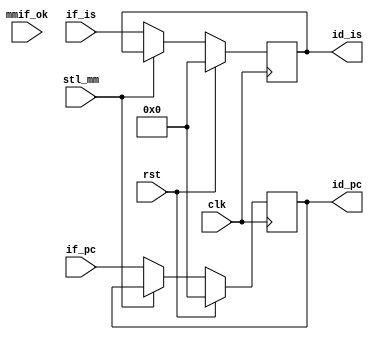
module if_id(
    input   wire[31:0]  if_pc,
    input   wire[31:0]  if_is,
    input   wire        rst,
    input   wire        clk,
    output  reg[31:0]  id_pc,
    output  reg[31:0]  id_is,

    input   wire        stl_mm,
    input   wire        mmif_ok
);

    always @ (posedge clk) begin
        if (rst == 1'b1) begin
            id_pc <= 32'h00000000;
            id_is <= 32'h00000000;
        end else if (stl_mm == 1'b0) begin
            id_pc <= if_pc;
            // if (mmif_ok != 1'b0) begin
                id_is <= if_is;
            // end else begin
            //    id_is <= 32'h0;
            // end
        end else begin
//             id_is <= 32'h0;
        end
    end

endmodule